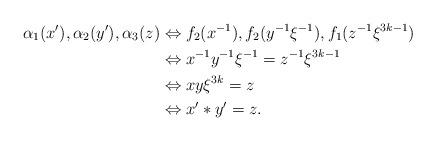
LaTeX: \begin{align*}\alpha_1(x'), \alpha_2(y'), \alpha_3(z) & \Leftrightarrow f_2(x^{-1}), f_2(y^{-1}\xi^{-1}), f_1(z^{-1}\xi^{3k-1}) \\&\Leftrightarrow x^{-1}y^{-1}\xi^{-1}=z^{-1}\xi^{3k-1}\\&\Leftrightarrow xy\xi^{3k}= z \\&\Leftrightarrow x'*y'=z.\end{align*}